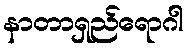
နာတာရှည်ရောဂါ